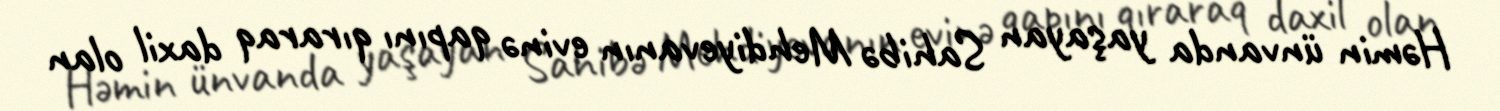
Həmin ünvanda yaşayan Sahibə Mehdiyevanın evinə qapını qıraraq daxil olan